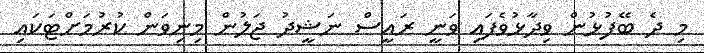
މި ދެ ބޭފުޅުން ވިދާޅުވެފައި ވަނީ ރައީސް ނަޝީދު ޖަލުން މިނިވަން ކުރުމަށްޓަކައި